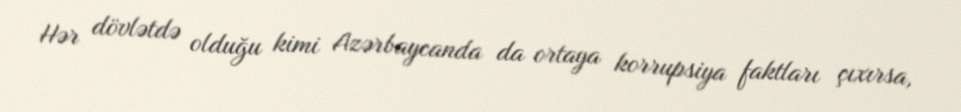
Hər dövlətdə olduğu kimi Azərbaycanda da ortaya korrupsiya faktları çıxırsa,